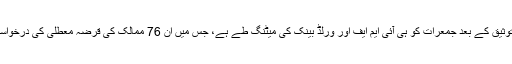
انہوں نے بتایا کہ جی 20 ممالک کی توثیق کے بعد جمعرات کو ہی آئی ایم ایف اور ورلڈ بینک کی میٹنگ طے ہے، جس میں ان 76 ممالک کی قرضہ معطلی کی درخواستیں منظوری کا فیصلہ کر لیا جائے گا۔